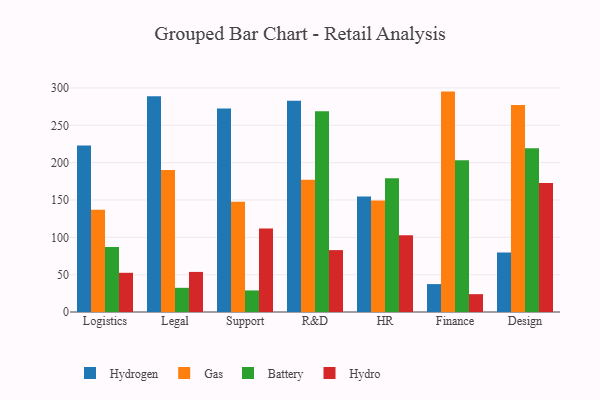
{"axis": {"x": "Department", "y": "Net Income (USD K)"}, "legend": ["Battery", "Gas", "Hydro", "Hydrogen"], "data": [{"x": "Logistics", "y": 222.9, "type": "Hydrogen"}, {"x": "Logistics", "y": 136.8, "type": "Gas"}, {"x": "Logistics", "y": 87.2, "type": "Battery"}, {"x": "Logistics", "y": 52.5, "type": "Hydro"}, {"x": "Legal", "y": 289.0, "type": "Hydrogen"}, {"x": "Legal", "y": 190.3, "type": "Gas"}, {"x": "Legal", "y": 32.4, "type": "Battery"}, {"x": "Legal", "y": 53.7, "type": "Hydro"}, {"x": "Support", "y": 272.4, "type": "Hydrogen"}, {"x": "Support", "y": 147.6, "type": "Gas"}, {"x": "Support", "y": 28.9, "type": "Battery"}, {"x": "Support", "y": 111.8, "type": "Hydro"}, {"x": "R&D", "y": 282.8, "type": "Hydrogen"}, {"x": "R&D", "y": 177.2, "type": "Gas"}, {"x": "R&D", "y": 268.9, "type": "Battery"}, {"x": "R&D", "y": 82.9, "type": "Hydro"}, {"x": "HR", "y": 154.7, "type": "Hydrogen"}, {"x": "HR", "y": 149.5, "type": "Gas"}, {"x": "HR", "y": 179.3, "type": "Battery"}, {"x": "HR", "y": 102.8, "type": "Hydro"}, {"x": "Finance", "y": 37.4, "type": "Hydrogen"}, {"x": "Finance", "y": 295.2, "type": "Gas"}, {"x": "Finance", "y": 203.3, "type": "Battery"}, {"x": "Finance", "y": 23.9, "type": "Hydro"}, {"x": "Design", "y": 79.7, "type": "Hydrogen"}, {"x": "Design", "y": 277.4, "type": "Gas"}, {"x": "Design", "y": 219.2, "type": "Battery"}, {"x": "Design", "y": 172.9, "type": "Hydro"}]}